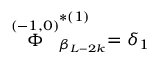
\stackrel { ( - 1 , 0 ) } { \Phi } _ { \beta _ { L - 2 k } } ^ { * ( 1 ) } = \delta _ { 1 }